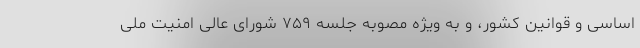
اساسی و قوانین کشور، و به ویژه مصوبه جلسه ۷۵۹ شورای عالی امنیت ملی